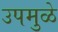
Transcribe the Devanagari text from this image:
उपमुळे